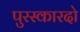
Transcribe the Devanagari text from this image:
पुरस्कारदो